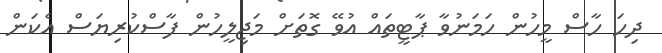
ދިހަ ހާސް މީހުން ހަމަނުވާ ޕާޓީތައް އުވޭ ގޮތަށް މަޖިލީހުން ފާސްކުރިޔަސް އެކަން